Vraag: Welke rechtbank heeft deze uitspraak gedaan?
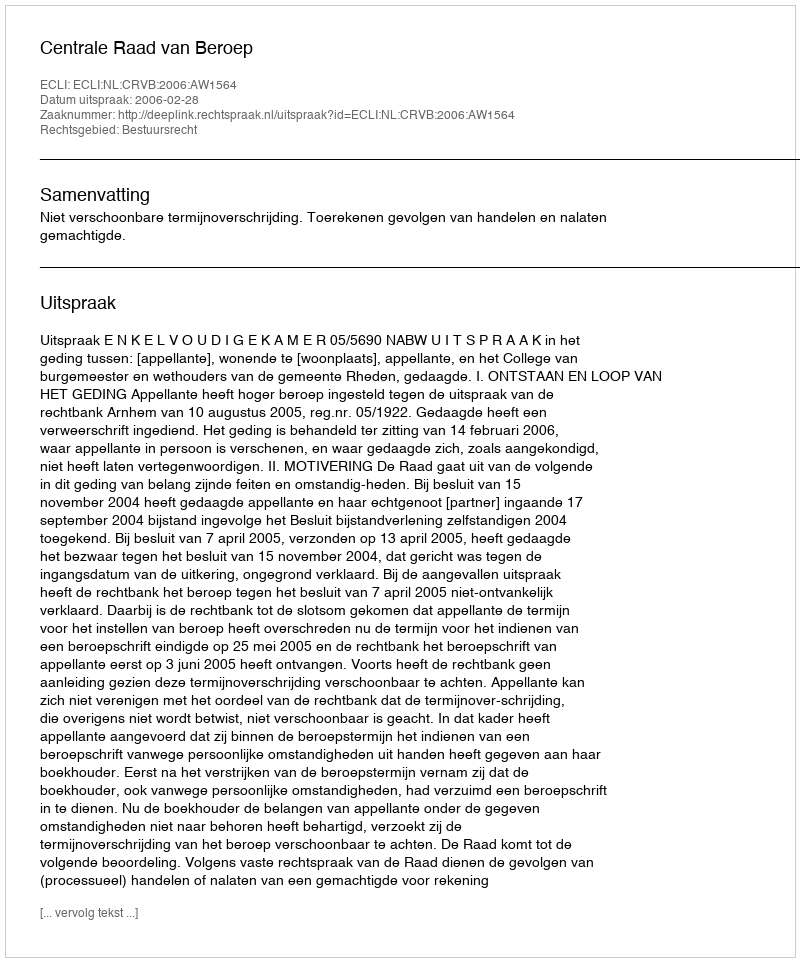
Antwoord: Centrale Raad van Beroep